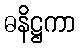
ဓနိဋ္ဌကာ